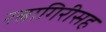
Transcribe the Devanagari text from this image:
रत्नागिरीसह